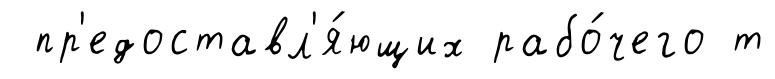
пр'едоставл'я́ющих рабо́чего т